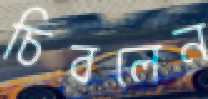
চিবলেন